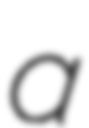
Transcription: a